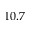
1 0 . 7